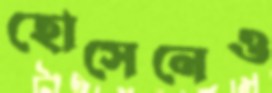
হোসেনেও